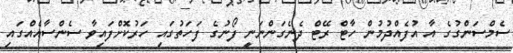
ސެމްސަންގުގެ އާ އުފެއްދުމުން ހާޓް ރޭޓް ދެނެގަންނަނީ ފޯނުގެ ފަހަތުގައި ހަރުކޮށްފައިވާ ސެންސާއެއްގައި